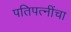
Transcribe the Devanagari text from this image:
पतिपत्‍नींचा